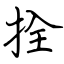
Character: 拴